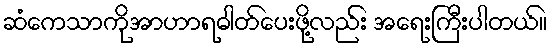
ဆံကေသာကိုအာဟာရဓါတ်ပေးဖို့လည်း အရေးကြီးပါတယ်။